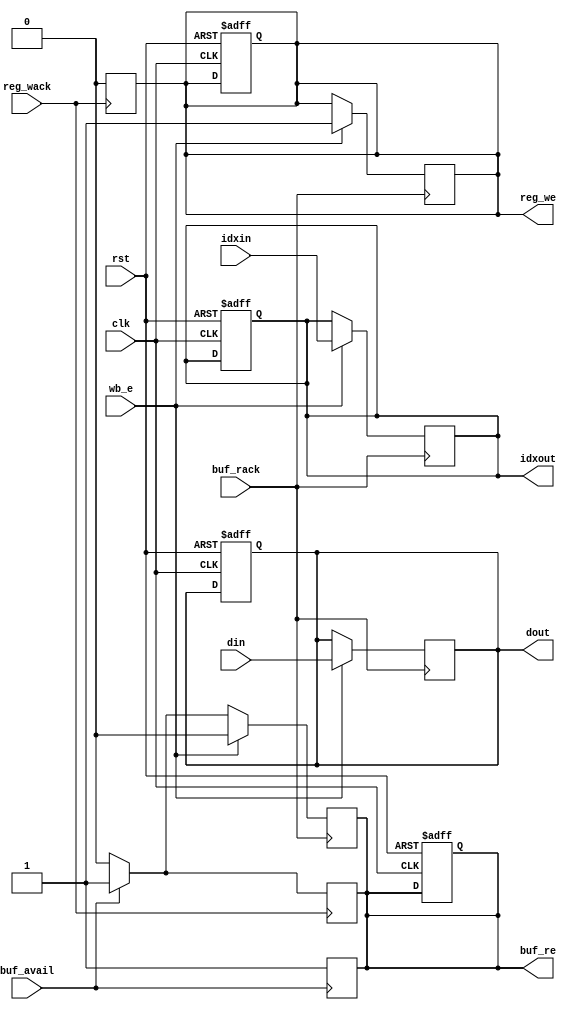
module pipeWB
(
    input clk, rst,
    input buf_avail,
    output reg buf_re,
    input buf_rack,
    
    input wb_e,
    input[31:0] din,
    output reg[31:0] dout,
    input[4:0] idxin,
    output reg[4:0] idxout,
    output reg reg_we,
    input reg_wack
);
always @(posedge clk or posedge rst) begin
    if (rst) begin
        reg_we <= 0;
        buf_re <= 0;
        dout <= 0;
        idxout <= 0;
    end else begin

    end
end
always @(posedge buf_avail) begin
    buf_re <= 1;
end

always @(posedge buf_rack) begin
    buf_re <= 0;
    case (wb_e)
        1'b1: begin
            dout <= din;
            idxout <= idxin;
            reg_we <= 1;        
        end
        1'b0: begin
            $display("WB:None\n");
            buf_re <= buf_avail ? 1 : 0;
        end
        default: $display("WB:ERROR");
    endcase
end

always @(posedge reg_wack) begin
    reg_we <= 0;
    buf_re <= buf_avail ? 1 : 0;
    $display("WB: idx:%d val:%d\n",idxout,dout);
end

endmodule